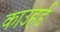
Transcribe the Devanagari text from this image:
काउहर्ड